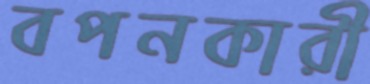
বপনকারী